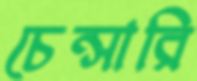
চেন্সারি